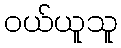
ဝယ်ယူသူ